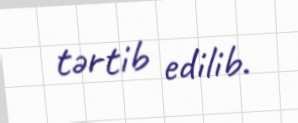
tərtib edilib.